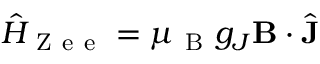
\hat { H } _ { \mathrm { ~ Z ~ e ~ e ~ } } = \mu _ { \mathrm { ~ B ~ } } g _ { J } \mathbf { B } \cdot \hat { \mathbf { J } }